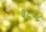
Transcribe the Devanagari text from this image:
३८०८